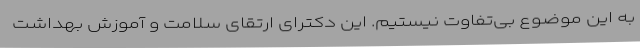
به این موضوع بی‌تفاوت نیستیم. این دکترای ارتقای سلامت و آموزش بهداشت